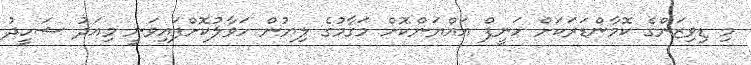
މި ޑިވިޒަންގެ ކޮމާންޑަރަކަށް ހަނީފް އައްޔަންކޮށް މަގާމުގެ ލިޔުން ހަވާލުކޮށްފައިވަނީ މިއަދު ޝަހީދު